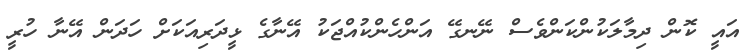
އައީ ކޮން ދިމާލަކުންކަންވެސް ނޭނގޭ އަންހެންކުއްޖަކު އޭނާގެ ޅީދަރިއަކަށް ހަދަން އޭނާ ހުރީ